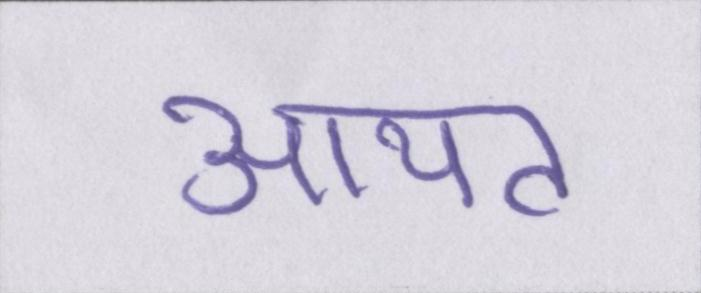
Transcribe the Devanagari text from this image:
आयत